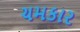
ચમકાર